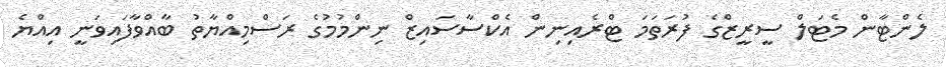
ލެންޓާން މެޓަލް ސީރީޒްގެ ފުރަތަމަ ޓްރެއިނިން އެކްސާސައިޒް ނިންމުމުގެ ރަސްމިއްޔާތު ބާއްވާފައިވަނީ އިއްޔެ